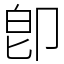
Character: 卽